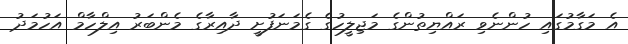
އެ މަގާމުގައި ހުންނެވި ރައްޔިތުންގެ މަޖިލީހުގެ ގެމަނަފުށީ ދާއިރާގެ މެންބަރު އިލްހާމް އަހުމަދު